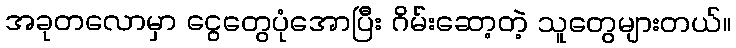
အခုတလောမှာ ငွေတွေပုံအောပြီး ဂိမ်းဆော့တဲ့ သူတွေများတယ်။